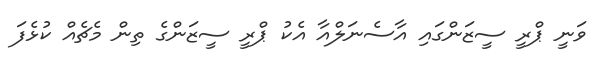
ވަނީ ޕްރީ ސީޒަންގައި އާސެނަލްއާ އެކު ޕްރީ ސީޒަންގެ ތިން މެޗެއް ކުޅެފަ